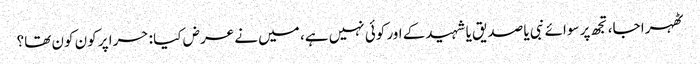
ٹھہرا جا، تجھ پر سوائے نبی یا صدیق یا شہیدکے اور کوئی نہیں ہے، میں نے عرض کیا : حرا پر کون کون تھا؟